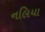
નલિયા